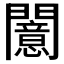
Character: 𫔪